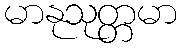
မာနုသုတ္တမာ